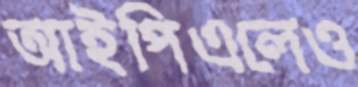
আইপিএলেও